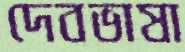
দেবভাষা